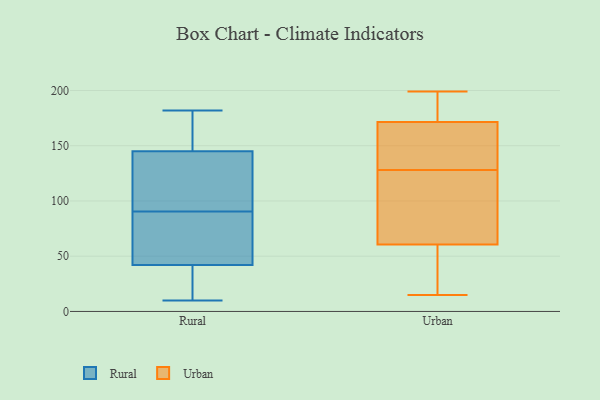
{"axis": {"x": "Page Views", "y": "Value"}, "legend": ["Rural", "Urban"], "data": [{"x": "", "y": 83, "type": "Rural"}, {"x": "", "y": 72, "type": "Rural"}, {"x": "", "y": 98, "type": "Rural"}, {"x": "", "y": 174, "type": "Rural"}, {"x": "", "y": 121, "type": "Rural"}, {"x": "", "y": 108, "type": "Rural"}, {"x": "", "y": 14, "type": "Rural"}, {"x": "", "y": 10, "type": "Rural"}, {"x": "", "y": 60, "type": "Rural"}, {"x": "", "y": 148, "type": "Rural"}, {"x": "", "y": 26, "type": "Rural"}, {"x": "", "y": 42, "type": "Rural"}, {"x": "", "y": 145, "type": "Rural"}, {"x": "", "y": 182, "type": "Rural"}, {"x": "", "y": 111, "type": "Urban"}, {"x": "", "y": 22, "type": "Urban"}, {"x": "", "y": 38, "type": "Urban"}, {"x": "", "y": 182, "type": "Urban"}, {"x": "", "y": 15, "type": "Urban"}, {"x": "", "y": 199, "type": "Urban"}, {"x": "", "y": 128, "type": "Urban"}, {"x": "", "y": 68, "type": "Urban"}, {"x": "", "y": 104, "type": "Urban"}, {"x": "", "y": 146, "type": "Urban"}, {"x": "", "y": 190, "type": "Urban"}, {"x": "", "y": 168, "type": "Urban"}, {"x": "", "y": 129, "type": "Urban"}]}